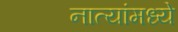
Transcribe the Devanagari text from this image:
नात्यांमध्ये